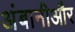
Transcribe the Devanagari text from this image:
अंबानीऔर